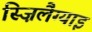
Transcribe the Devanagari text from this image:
स्ज़िलैग्याइ